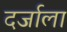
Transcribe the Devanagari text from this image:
दर्जाला